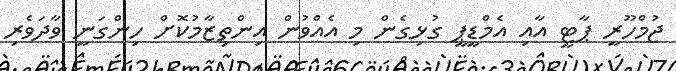
ޖުމްހޫރީ ޕާޓީ އާއި އެމްޑީޕީ ގުޅިގެން މި އެއްވުން އިންތިޒާމުކޮށް ހިންގަނީ ވާދަވެރި